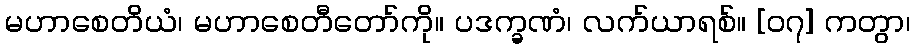
မဟာစေတိယံ၊ မဟာစေတီတော်ကို။ ပဒက္ခဏံ၊ လက်ယာရစ်။ [၀၇] ကတွာ၊